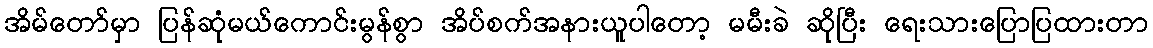
အိမ်တော်မှာ ပြန်ဆုံမယ်ကောင်းမွန်စွာ အိပ်စက်အနားယူပါတော့ မမီးခဲ ဆိုပြီး ရေးသားပြောပြထားတာ